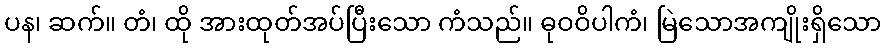
ပန၊ ဆက်။ တံ၊ ထို အားထုတ်အပ်ပြီးသော ကံသည်။ ဓုဝဝိပါကံ၊ မြဲသောအကျိုးရှိသော